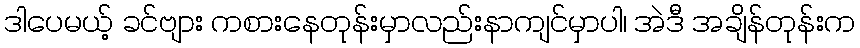
ဒါပေမယ့် ခင်ဗျား ကစားနေတုန်းမှာလည်းနာကျင်မှာပါ၊ အဲဒီ အချိန်တုန်းက